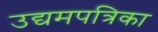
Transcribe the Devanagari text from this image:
उद्यमपत्रिका